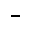
^ -